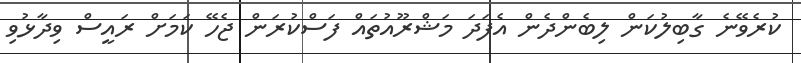
ކުރެވޭނެ ގާބިލުކަން ލިބެންދެން އެފަދަ މަޝްރޫއުތައް ފަސްކުރަން ޖެހޭ ކަމަށް ރައީސް ވިދާޅުވި